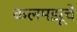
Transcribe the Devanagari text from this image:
कलमझूचे